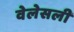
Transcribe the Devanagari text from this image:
वेलेसली